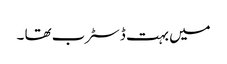
میں بہت ڈسٹرب تھا ۔